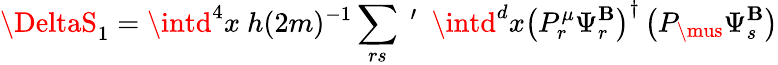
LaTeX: \DeltaS_{1}=\intd^{4}x~h(2m)^{-1}\sum_{rs}~^{\prime}~~\intd^{d}x\left(P_{r}^{\mu}\Psi_{r}^{\mathbf{B}}\right)^{\dagger}\left(P_{\mus}\Psi_{s}^{\mathbf{B}}\right)